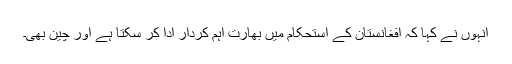
انہوں نے کہا کہ افغانستان کے استحکام میں بھارت اہم کردار ادا کر سکتا ہے اور چین بھی۔